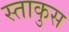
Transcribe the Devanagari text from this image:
स्ताकुस